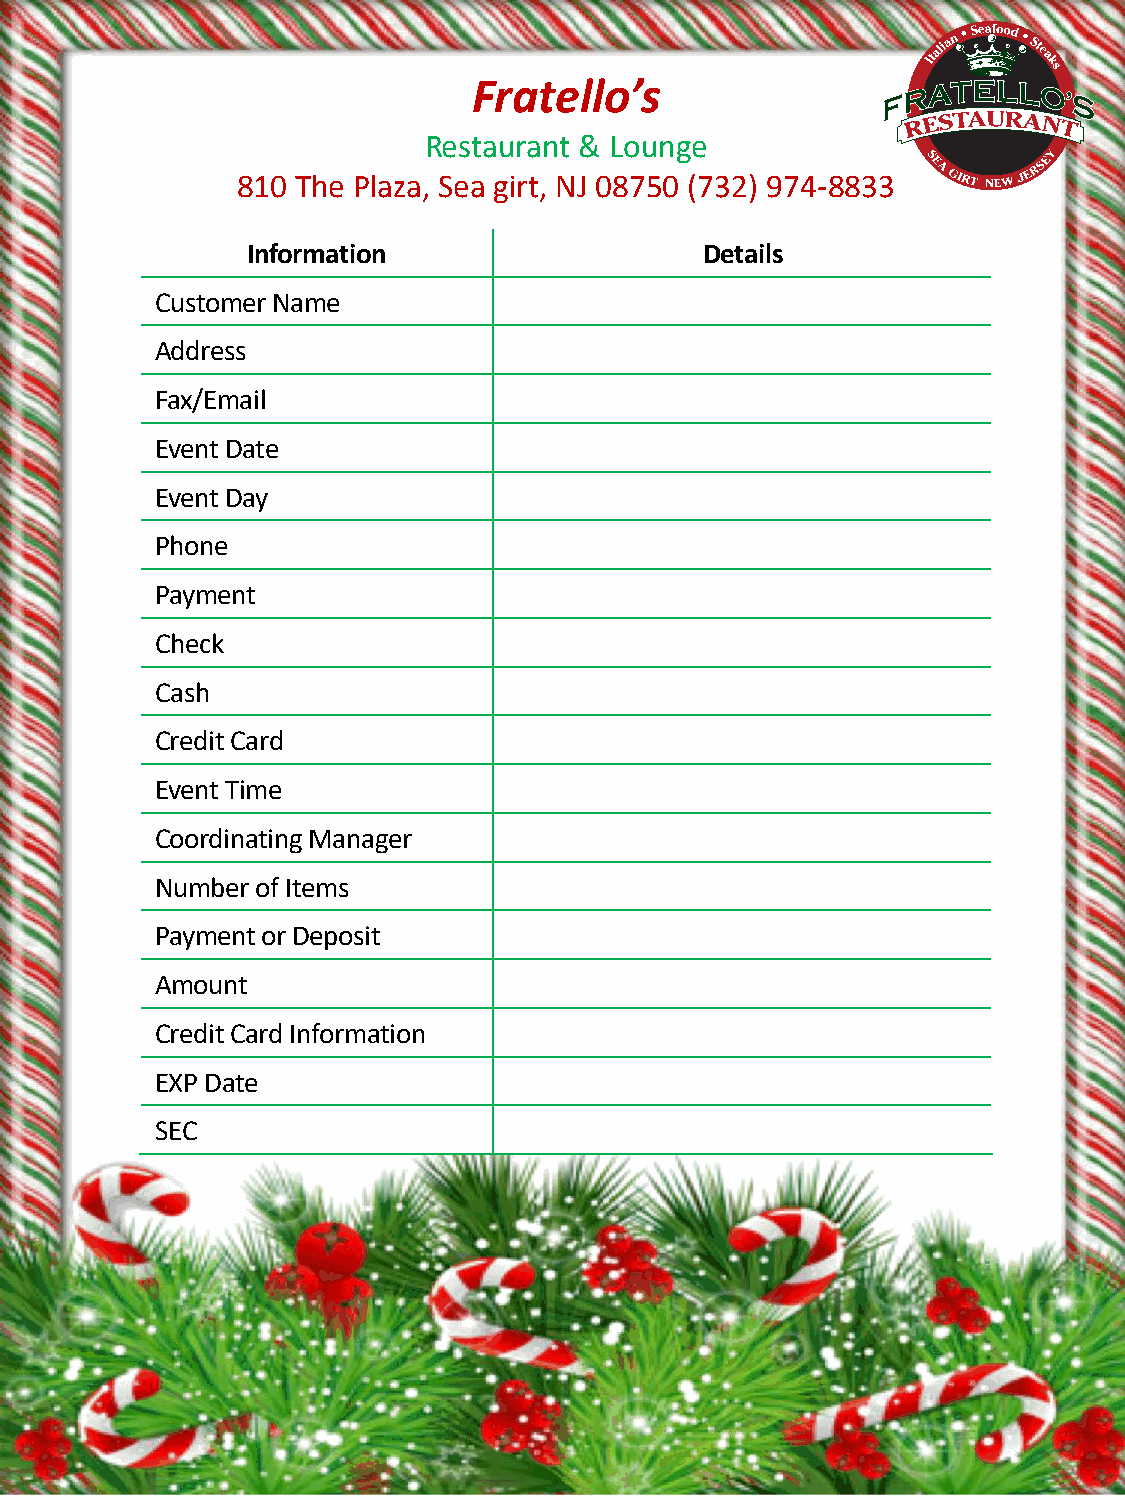
Fratello’s
 Restaurant & Lounge
 810 The Plaza, Sea girt, NJ 08750 (732) 974-8833
 Information                    Details
 Customer Name
 Address
 Fax/Email
 Event Date
 Event Day
 Phone
 Payment
 Check
 Cash
 Credit Card
 Event Time
 Coordinating Manager
 Number of Items
 Payment or Deposit
 Amount
 Credit Card Information
 EXP Date
 SEC